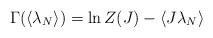
LaTeX: \begin{align*}\Gamma ( \langle \lambda_{N} \rangle ) =\ln Z(J) - \langle J \lambda_{N} \rangle\end{align*}